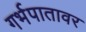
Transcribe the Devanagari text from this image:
गर्भपातावर